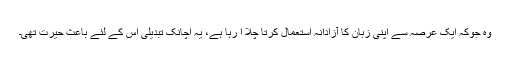
وہ جوکہ ایک عرصہ سے اپنی زبان کا آزادانہ استعمال کرتا چلا آ رہا ہے، یہ اچانک تبدیلی اس کے لئے باعثِ حیرت تھی۔